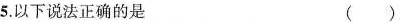
5.以下说法正确的是 ( )